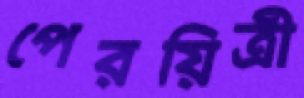
পেরয়িত্রী